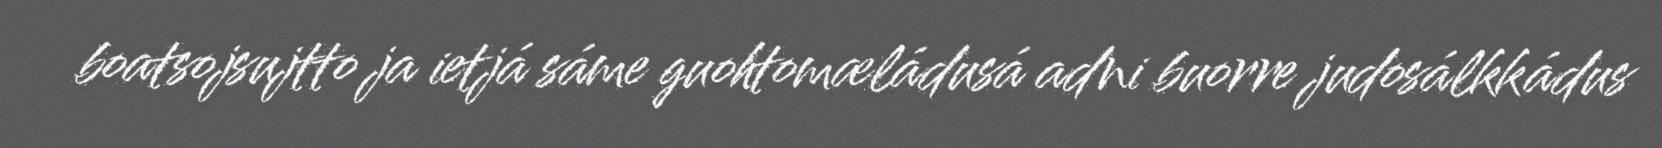
boatsojsujtto ja ietjá sáme guohtomæládusá adni buorre judosálkkádus